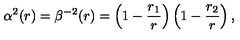
\alpha ^ { 2 } ( r ) = \beta ^ { - 2 } ( r ) = \left( 1 - { \frac { r _ { 1 } } { r } } \right) \left( 1 - { \frac { r _ { 2 } } { r } } \right) ,